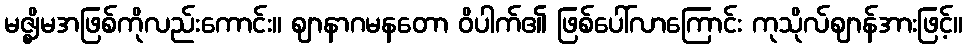
မဇ္ဈိမအဖြစ်ကိုလည်းကောင်း။ ဈာနာဂမနတော ဝိပါက်၏ ဖြစ်ပေါ်လာကြောင်း ကုသိုလ်ဈာန်အားဖြင့်။